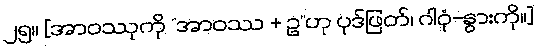
၂၅။ [အာဝဿုကို “အာဝဿ + ဥ”ဟု ပုဒ်ဖြတ်၊ ဂါဝုံ-နွားကို။]